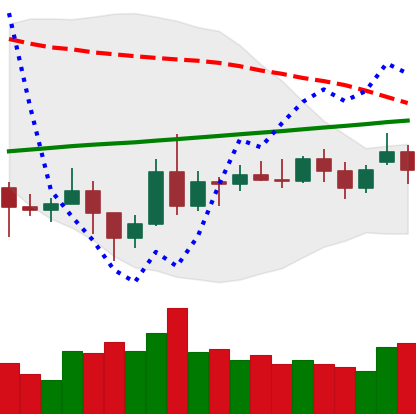
Ticker: NEO-USD
Chart end date: 2020-11-18
Forward return: 21.418%
Label: up_7plus